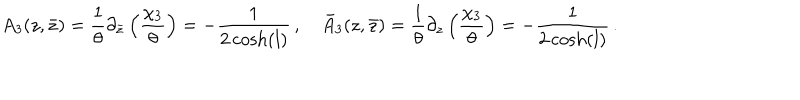
A _ { 3 } ( z , \bar { z } ) = \frac { 1 } { \theta } \partial _ { \bar { z } } \left( \frac { \chi _ { 3 } } { \theta } \right) = - \frac { 1 } { 2 \cosh ( l ) } \, , \quad \bar { A } _ { 3 } ( z , \bar { z } ) = \frac { 1 } { \theta } \partial _ { z } \left( \frac { \chi _ { 3 } } { \theta } \right) = - \frac { 1 } { 2 \cosh ( l ) } \, .